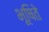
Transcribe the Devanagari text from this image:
भूषिते